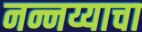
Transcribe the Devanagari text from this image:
नन्नय्याचा